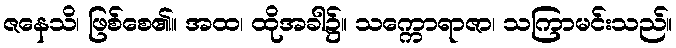
ဇနေသိ၊ ဖြစ်စေ၏။ အထ၊ ထိုအခါ၌။ သက္ကောရာဇာ၊ သကြာမင်းသည်။